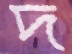
দ